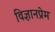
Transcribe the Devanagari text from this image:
विज्ञानप्रेम